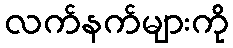
လက်နက်များကို